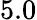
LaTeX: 5.0